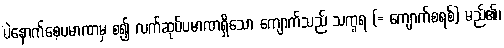
ပဲနောက်စေ့ပမာဏမှ စ၍ လက်ဆုပ်ပမာဏရှိသော ကျောက်သည် သက္ခရ (= ကျောက်စရစ်) မည်၏၊